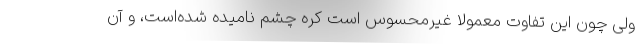
ولی چون این تفاوت معمولاً غیرمحسوس است کره چشم نامیده شده‌است، و آن